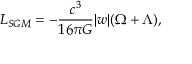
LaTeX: L _ { S G M } = - { \frac { c ^ { 3 } } { 1 6 { \pi } G } } \vert w \vert ( \Omega + \Lambda ) ,